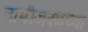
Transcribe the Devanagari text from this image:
नाभीजवळच्या